Indian journal of veterinary science and animal husbandry - Volume 10,
Year: 1940
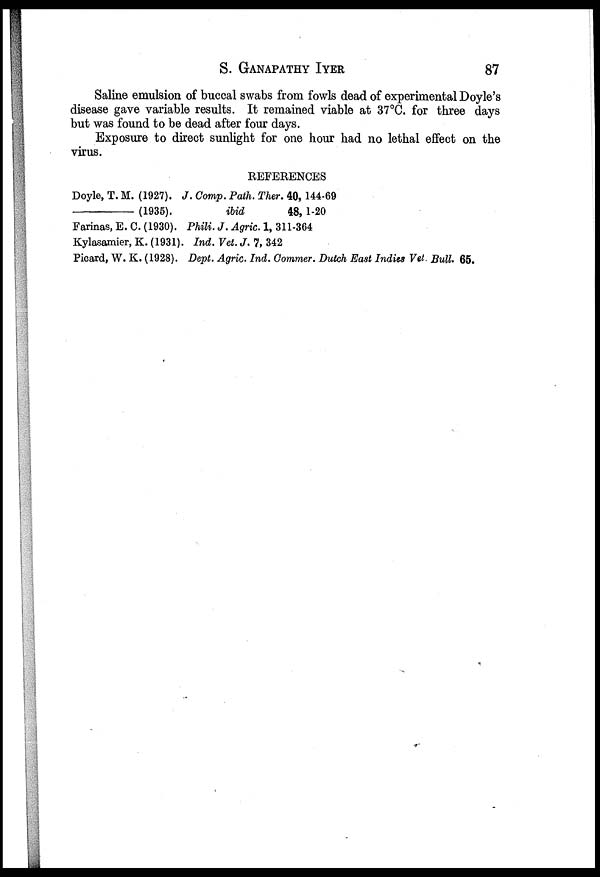
S.
GANAPATHY
IYER
87
Saline emulsion of buccal swabs from fowls dead of experimental Doyle's
disease gave variable results. It remained viable at 37°C. for three days
but was found to be dead after four days.
Exposure to direct sunlight for one hour had no lethal effect on the
virus.
REFERENCES
Doyle, T. M. (1927). J. Comp. Path. Ther. 40, 144-69
–––––––––––(1935).
ibid
48, 1-20
Farinas, E. C. (1930). Phili. J. Agric. 1, 311-364
Kylasamier, K. (1931). Ind. Vet. J. 7, 342
Picard, W. K. (1928). Dept. Agric. Ind. Commer. Dutch East Indies Vet. Bull. 65.